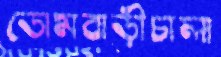
ডোমবাড়ীচালা